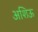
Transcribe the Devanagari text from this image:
अशिऊ